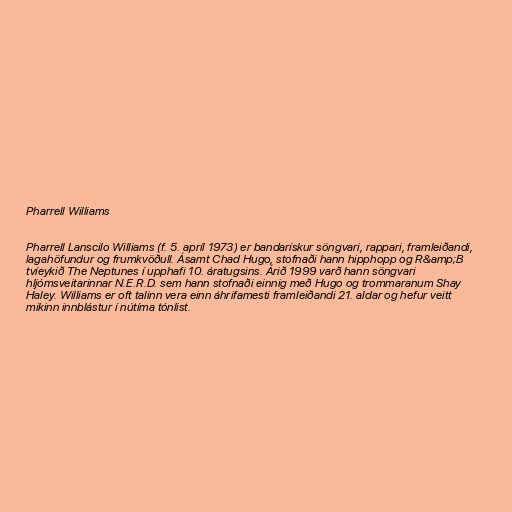
Pharrell Williams

Pharrell Lanscilo Williams (f. 5. apríl 1973) er bandarískur söngvari, rappari, framleiðandi,
lagahöfundur og frumkvöðull. Ásamt Chad Hugo, stofnaði hann hipphopp og R&amp;B
tvíeykið The Neptunes í upphafi 10. áratugsins. Árið 1999 varð hann söngvari
hljómsveitarinnar N.E.R.D. sem hann stofnaði einnig með Hugo og trommaranum Shay
Haley. Williams er oft talinn vera einn áhrifamesti framleiðandi 21. aldar og hefur veitt
mikinn innblástur í nútíma tónlist.